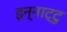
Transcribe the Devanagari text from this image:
इन्नाट्टु